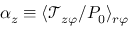
\alpha _ { z } \equiv \langle \mathcal { T } _ { z \varphi } / P _ { 0 } \rangle _ { r \varphi }